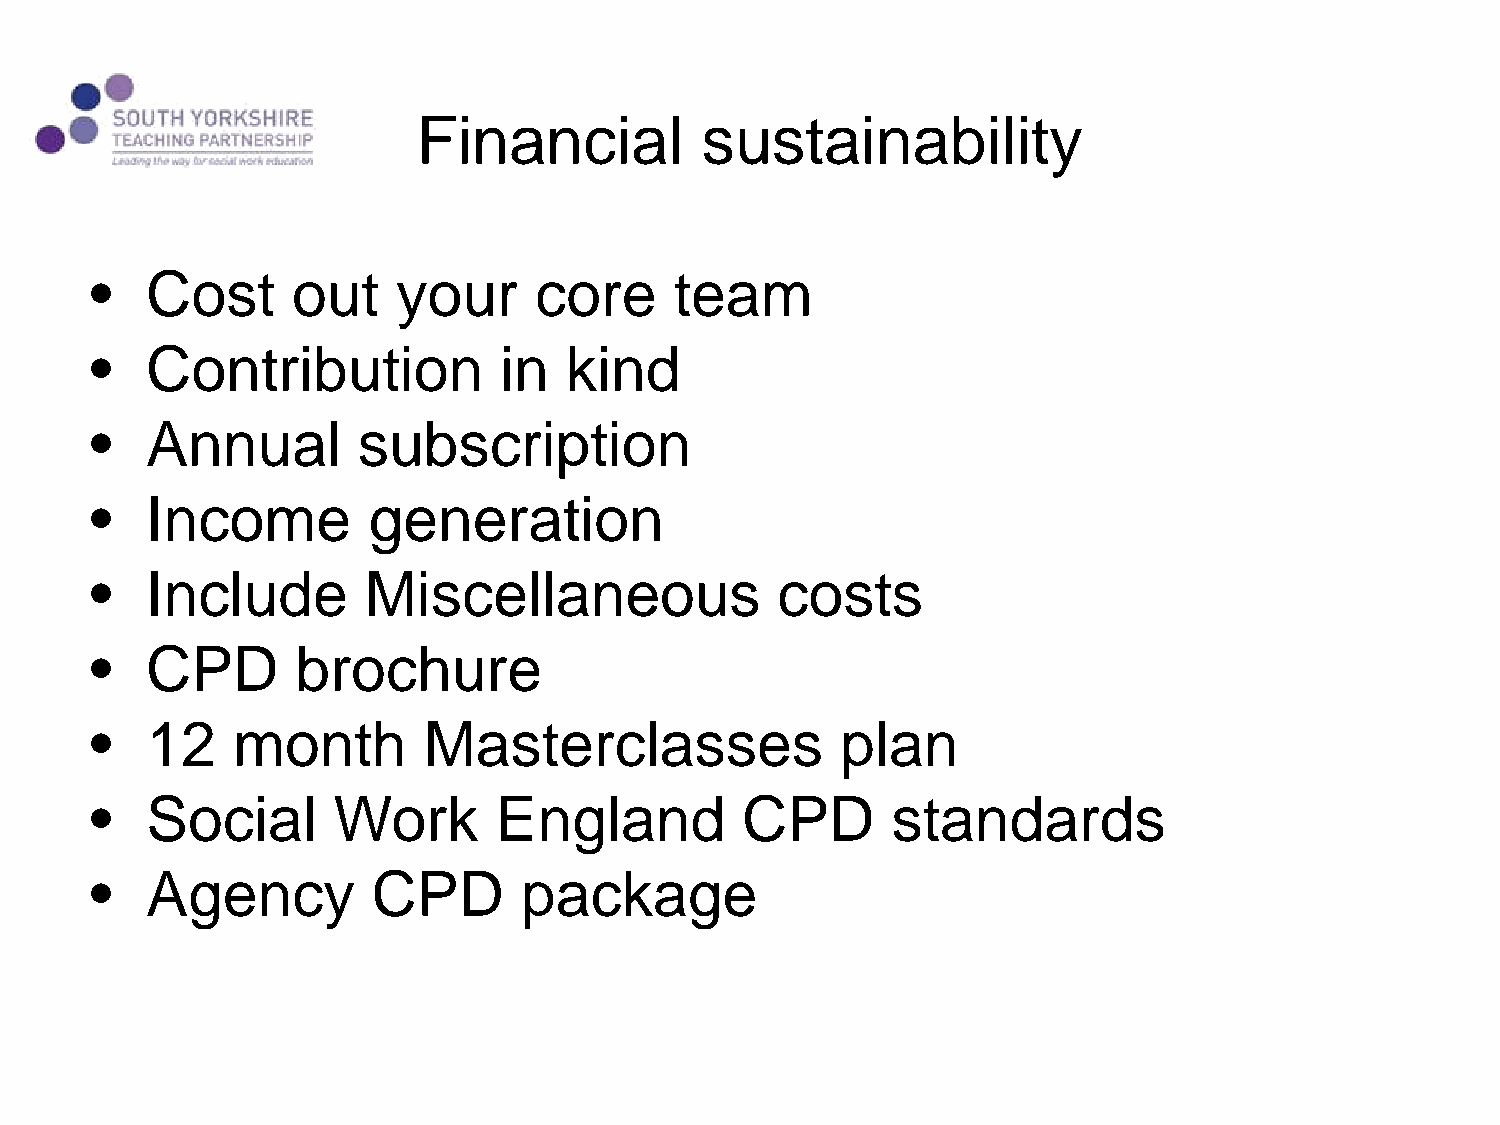
Financial         sustainability
 •   Cost     out    your     core      team
 •   Contribution           in  kind
 •   Annual        subscription
 •   Income        generation
 •   Include       Miscellaneous              costs
 •   CPD       brochure
 •   12   month        Masterclasses               plan
 •   Social      Work       England         CPD       standards
 •   Agency         CPD      package